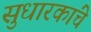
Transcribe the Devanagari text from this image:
सुधारकांचे